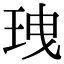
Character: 𤤺